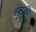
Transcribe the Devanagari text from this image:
शुट्की